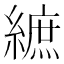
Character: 𦄝